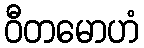
ဝီတမောဟံ